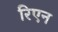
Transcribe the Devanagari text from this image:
रिएन